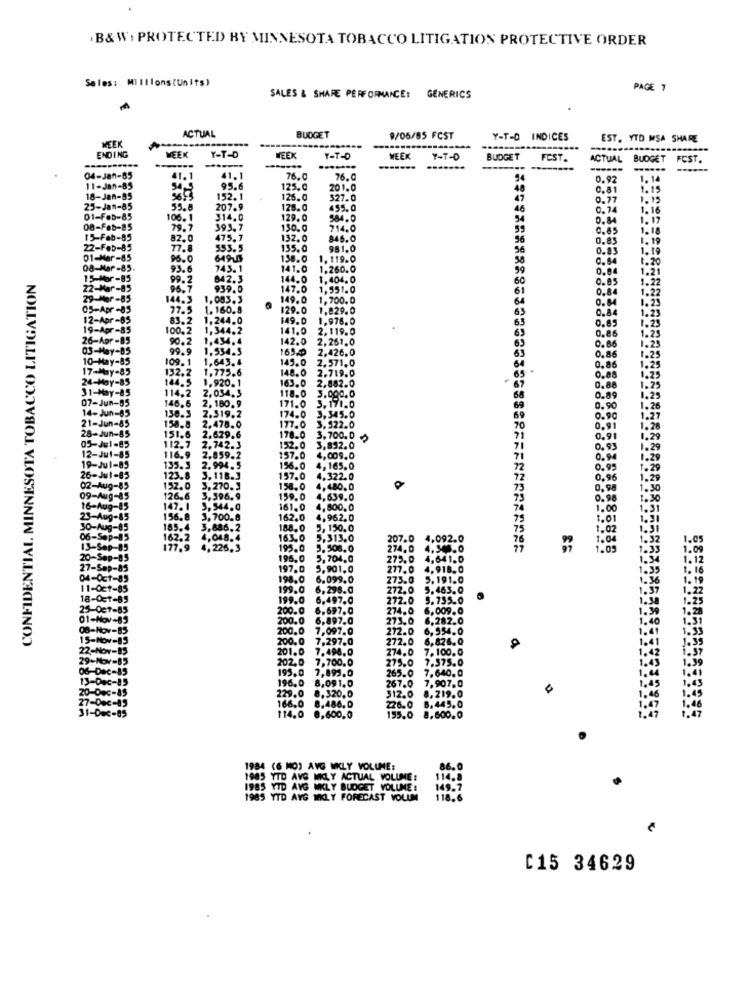
.B& W, PROTECTED BY MINNESOTA TOBACCO LITIGATION PROTECTIVE ORDER
Sales: MI Illons (Units)
PAGE 7
SALES & SHARE PERFORMANCE:
GENERICS
ACTUAL
BUDGET
9/06/85 FCST
INDICES
EST. YTD MSA SHARE
TEK
WEEK
ENDING
Y-T-D
WEEK
Y-T-D
WEEK
Y-T-D
BUDGET
FCST.
ACTUAL BUDGET FCST.
------
04-Jan-85
41.1
41.1
76.0
76.C
0.92
1. 14
11-Jan-85
54,5
95.6
125.0
201.0
48
0.81
1.15
18-Jan-05
9693
152. 1
126.0
327.0
0.77
1.12
25-Jan-85
55.8
207.9
128.0
455.0
0.74
1.16
01-Feb-85
106. 1
314.0
129.0
584.0
94
0.84
1.17
08-Feb-85
79.7
393,7
130.0
714.0
59
0.85
1.18
15-Feb-85
82.0
475. 7
132.0
846.0
56
0.83
1. 19
22-Feb-85
77.8
553.5
135.0
981.0
36
0.83
1.19
01-Mar-85
95.0
649-5
158.0
1. 119.0
0.64
08-Mar-85.
93.6
743. 1
141.0
1.260.0
59
0.04
1.20
CONFIDENTIAL MINNESOTA TOBACCO LITIGATION
15-Mar-85
99.2
842.3
144.0
1.404. 0
60
0.85
+-85
96.7
939.0
147.0
1.551.0
1.22
-Mor-85
144.3
1.083.3
149.0
1,700. 0
0.84
0.84
05-Apr-83
77.5 1,160.8
129.0
1.829.0
0.84
12-Apr -65
83.2 1,244.0
$49.0
1,976. 0
1.23
19-Apr-85
100.2
1,344,2
141.0
2,119.0
0.85
0.85
1.25
26-Apr -85
90.2
1,434.4
142.0
2,261.0
1.23
03-May-85
99.9 1,534.3
165.
2.426.0
0.86
1.2
10-May-85
109.1
145.0
2.571.0
0.8
1.25
T-MAY-85
1.643.4
148.0
2.719.0
0.86
1.25
24-May-85
Y-85
132.2 1.775.6
144.5
163.0
2,882.0
0.88
31-May-85
Y-85
1.920. 1
07-Jun-85
114.2 2,034.3
118.0 3.000.0
171.0
0.89
14-
un-85
146.6 2, 180.9
136.5
174.0
3.345.0
3.171.0
0.90
2.319,2
0.9
21-Jun-85
158.8
2.478.0
177.0 3,922.0
0.9
05-Jul-85
151.6
2,679,6
178.0
3.700.0
0.9
112.7
2.742.3
152.0
3,852.0
0,9
12-Jul-85
116.9
2.859.2
157.0
4,009.0
26-Jul-85
19-Jul-85
135. 3 2.994.5
156.0
4,165. 0
0.95
26-Jul-83
123.8 3, 118.3
157.0
4.322.0
02-Aug-85
152.0 3,270.3
158.0
4,480.0
09-Aug-85
126.6 3,396.9
159.0
4.639.0
0. 9
16-Aug-85
147. 1
3,544.0
161,0
4,500.0
1.00
23-Aug-85
156. 8
3.700-8
162.0
4,962.0
30-Aug-85
185.4
3.886.2
188,0
5, 150.0
1.02
06-Sep-85
162.2 4,048.4
163.0
5,313.0
207.0
4.092.0
:00
13-Sep-85
177.9 4,226,3
195.0
5.508.0
274.0 4.345.0
20-Sep-85
196,0
5,704.0
275.0 4,641.0
27-Sep-85
197.0
5.901.0
277.0 4.918.0
04-Oct-85
6.099.0
275.0
5.191.0
11-Oct-85
6.298.0
272.0
5.463.0
18-0
199.0
6.497.0
272.0
5.755.0
25-Oct-
6.697.0
274.0
6,009.0
01-Nov-B
200.0
6,897.0
273.0
6,282.0
08-Nov-B:
200.0
7,097.0
272.0
6,554.0
15-Nov-8
7,297.0
272.0 6,826.0
22-Nov-85
201.0
7.498,0
274.0 7.100.0
29-Nov-85
202.0
7,700.0
275.0
7.375.0
1.45
7,895.0
265.0
7.640.0
13
196.0
8,091.0
267.0
7.907.0
512.0
1.4
229.0 8.320.0
8,219.0
1.46
166.0 8.486, 0
226.0
6.445.0
114.0 0,600,0
155.0
8.600. 0
1984 (6 MO) AVG WKLY VOLUME:
1903 YTD AVG MILY ACTUAL VOLUME:
114
1985 YID AVG WKLY BUDGET VOLUME:
149 .
1985 YTD AVG WKLY FORECAST VOLUM
118.6
[15 34629